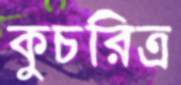
কুচরিত্র